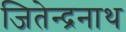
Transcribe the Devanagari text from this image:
जितेन्द्रनाथ